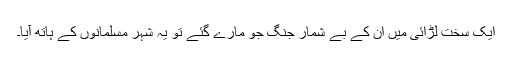
ایک سخت لڑائی میں ان کے بے شمار جنگ جو مارے گئے تو یہ شہر مسلمانوں کے ہاتھ آیا۔